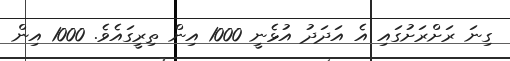
ގިނަ ރަށްރަށުގައި އެ އަދަދު އުޅެނީ 1000 އިން ތިރީގައެވެ. 1000 އިން